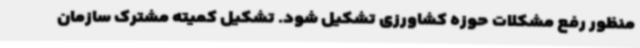
منظور رفع مشکلات حوزه کشاورزی تشکیل شود. تشکیل کمیته مشترک سازمان